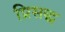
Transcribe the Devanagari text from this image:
प्रिसद्ध